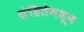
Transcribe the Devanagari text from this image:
संहितेमधून